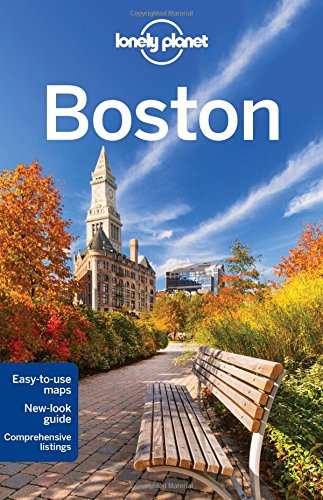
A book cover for Lonely Planet Boston (Travel Guide); Lonely Planet; Travel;